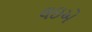
લઇએ